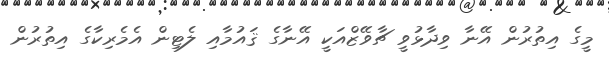
މީގެ އިތުރުން އޭނާ ވިދާޅުވީ ޗާވޭޒްއަކީ އޭނާގެ ޤައުމާއި ލެޓިން އެމެރިކާގެ އިތުރުން